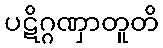
ပဋိဂ္ဂဏှာတူတိ